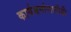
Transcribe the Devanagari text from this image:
कार्यम्रमांसाठीही